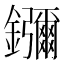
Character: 𬬠